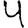
Digit: 4